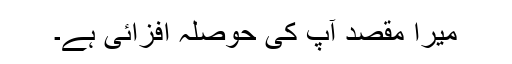
میرا مقصد آپ کی حوصلہ افزائی ہے۔